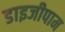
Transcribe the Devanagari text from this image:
डाइजीपाम